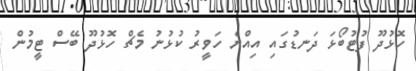
ހޮޅުދޫ ފުޓުބޯޅަ ދަނޑުގައި އިއްޔެ ހަވީރު ކުޅުނު މެޗް ހޮޅުދޫ ބޭސް ޓީމުން